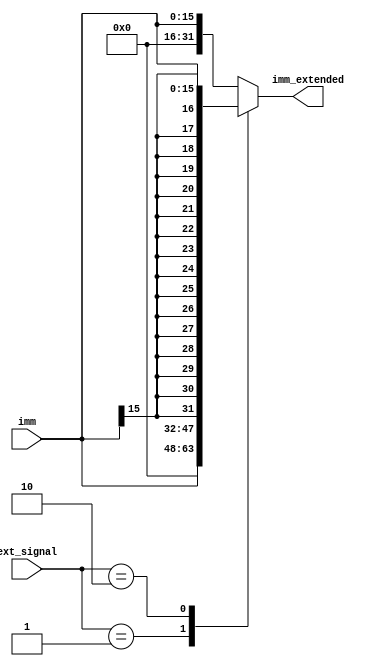
`timescale 1ns / 1ps
//////////////////////////////////////////////////////////////////////////////////
// Module Name: Extend
//////////////////////////////////////////////////////////////////////////////////


module extend(
    input wire[15:0] imm,
    input wire[1:0] ext_signal,

    output reg[31:0] imm_extended
    );

  always @(*) begin
    case(ext_signal)
        2'b01:
            imm_extended <= {imm, 16'b0};
        2'b10:
            imm_extended <= {{16{imm[15]}}, imm};
        2'b11:
            imm_extended <= {16'b0, imm};
        default:
            imm_extended <= {16'b0, imm}; //default 
    endcase
  end
endmodule